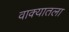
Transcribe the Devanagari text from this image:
वाक्यातला